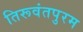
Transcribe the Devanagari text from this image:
तिरूवंतपुरम